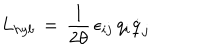
L _ { h y b } \, = \, \frac { 1 } { 2 \theta } \, \epsilon _ { i j } \, q _ { i } \dot { q } _ { j }